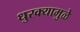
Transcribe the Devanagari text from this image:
धुरक्यामुळे